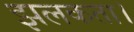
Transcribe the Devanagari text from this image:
झलकता।